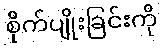
စိုက်ပျိုးခြင်းကို